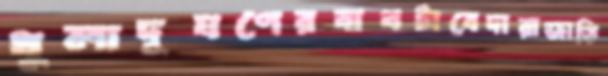
ধুলাদূষণেরবাথটাবেদারাজাতি